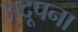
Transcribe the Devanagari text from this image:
अदूपना